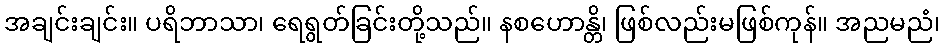
အချင်းချင်း။ ပရိဘာသာ၊ ရေရွတ်ခြင်းတို့သည်။ နစဟောန္တိ၊ ဖြစ်လည်းမဖြစ်ကုန်။ အညမညံ၊